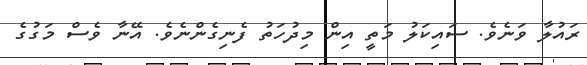
ރައުލާ ވަނެވެ. ސައިކަލު މަތީ އިން މިދުހަތު ފެނިގެންނެވެ. އޭނާ ވެސް މަގުގެ